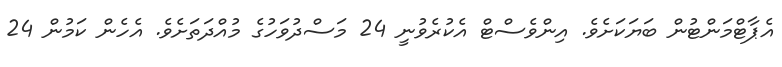
އެޕާޓްމަންޓުން ބަޔަކަށެވެ. އިންވެސްޓް އެކުރެވުނީ 24 މަސްދުވަހުގެ މުއްދަތަށެވެ. އެހެން ކަމުން 24